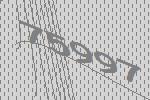
75997